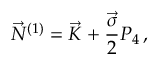
\vec { N } ^ { ( 1 ) } = \vec { K } + \frac { \vec { \sigma } } { 2 } P _ { 4 } \, ,